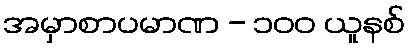
အမှာစာပမာဏ - ၁၀၀ ယူနစ်